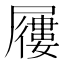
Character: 屨